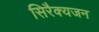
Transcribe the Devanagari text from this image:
सिरैक्यजन